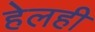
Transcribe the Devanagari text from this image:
हेलही